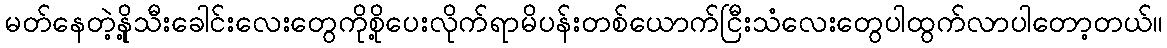
မတ်နေတဲ့နို့သီးခေါင်းလေးတွေကိုစို့ပေးလိုက်ရာမိပန်းတစ်ယောက်ငြီးသံလေးတွေပါထွက်လာပါတော့တယ်။